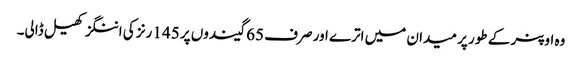
وہ اوپنر کے طور پر میدان میں اترے اور صرف 65 گیندوں پر 145 رنز کی اننگز کھیل ڈالی۔